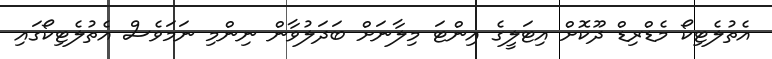
އެތުލެޓިކޯ މެޑްރިޑް ދޫކޮށް އިޓަލީގެ އިންޓަ މިލާނަށް ބަދަލުވާން ނިންމި ނަމަވެސް އެތުލެޓިކޯގައި